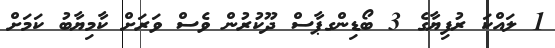
1 ލައްކަ ރުފިޔާގެ 3 ބޯޑިންގޕާސް ދޫކުރުން ވެސް ވަރަށް ކާމިޔާބު ކަމަށް